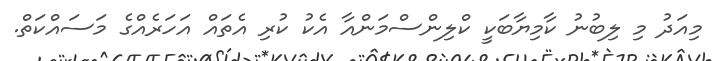
މިއަދު މި ލިބުނު ކާމިޔާބަކީ ކްލިންސްމަންއާ އެކު ކުރި އެތައް އަހަރެއްގެ މަސައްކަތް.